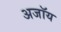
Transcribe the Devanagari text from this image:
अजॉय